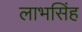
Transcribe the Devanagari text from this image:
लाभसिंह